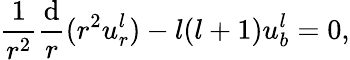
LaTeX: \frac{1}{r^{2}}\frac{\mathrm{d}}{r}(r^{2}u_{r}^{l})-l(l+1)u_{b}^{l}=0,